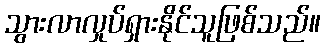
သွားလာလှုပ်ရှားနိုင်သူဖြစ်သည်။